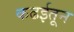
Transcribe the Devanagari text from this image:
कढईतून